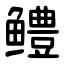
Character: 鳢